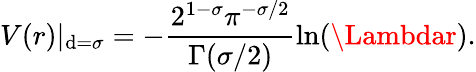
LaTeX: V(r)|_{\mathrm{d}=\sigma}=-\frac{{2^{1-\sigma}\pi^{-\sigma/2}}}{{\Gamma(\sigma/2)}}\ln(\Lambdar).